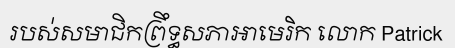
របស់សមាជិកព្រឹទ្ធសភាអាមេរិក លោក Patrick